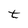
Character: t